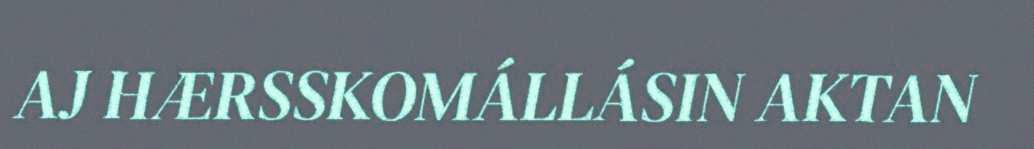
AJ HÆRSSKOMÁLLÁSIN AKTAN